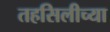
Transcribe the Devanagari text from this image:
तहसिलीच्या